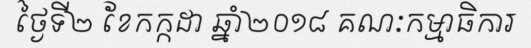
ថ្ងៃទី២ ខែកក្កដា ឆ្នាំ២០១៨ គណៈកម្មាធិការ